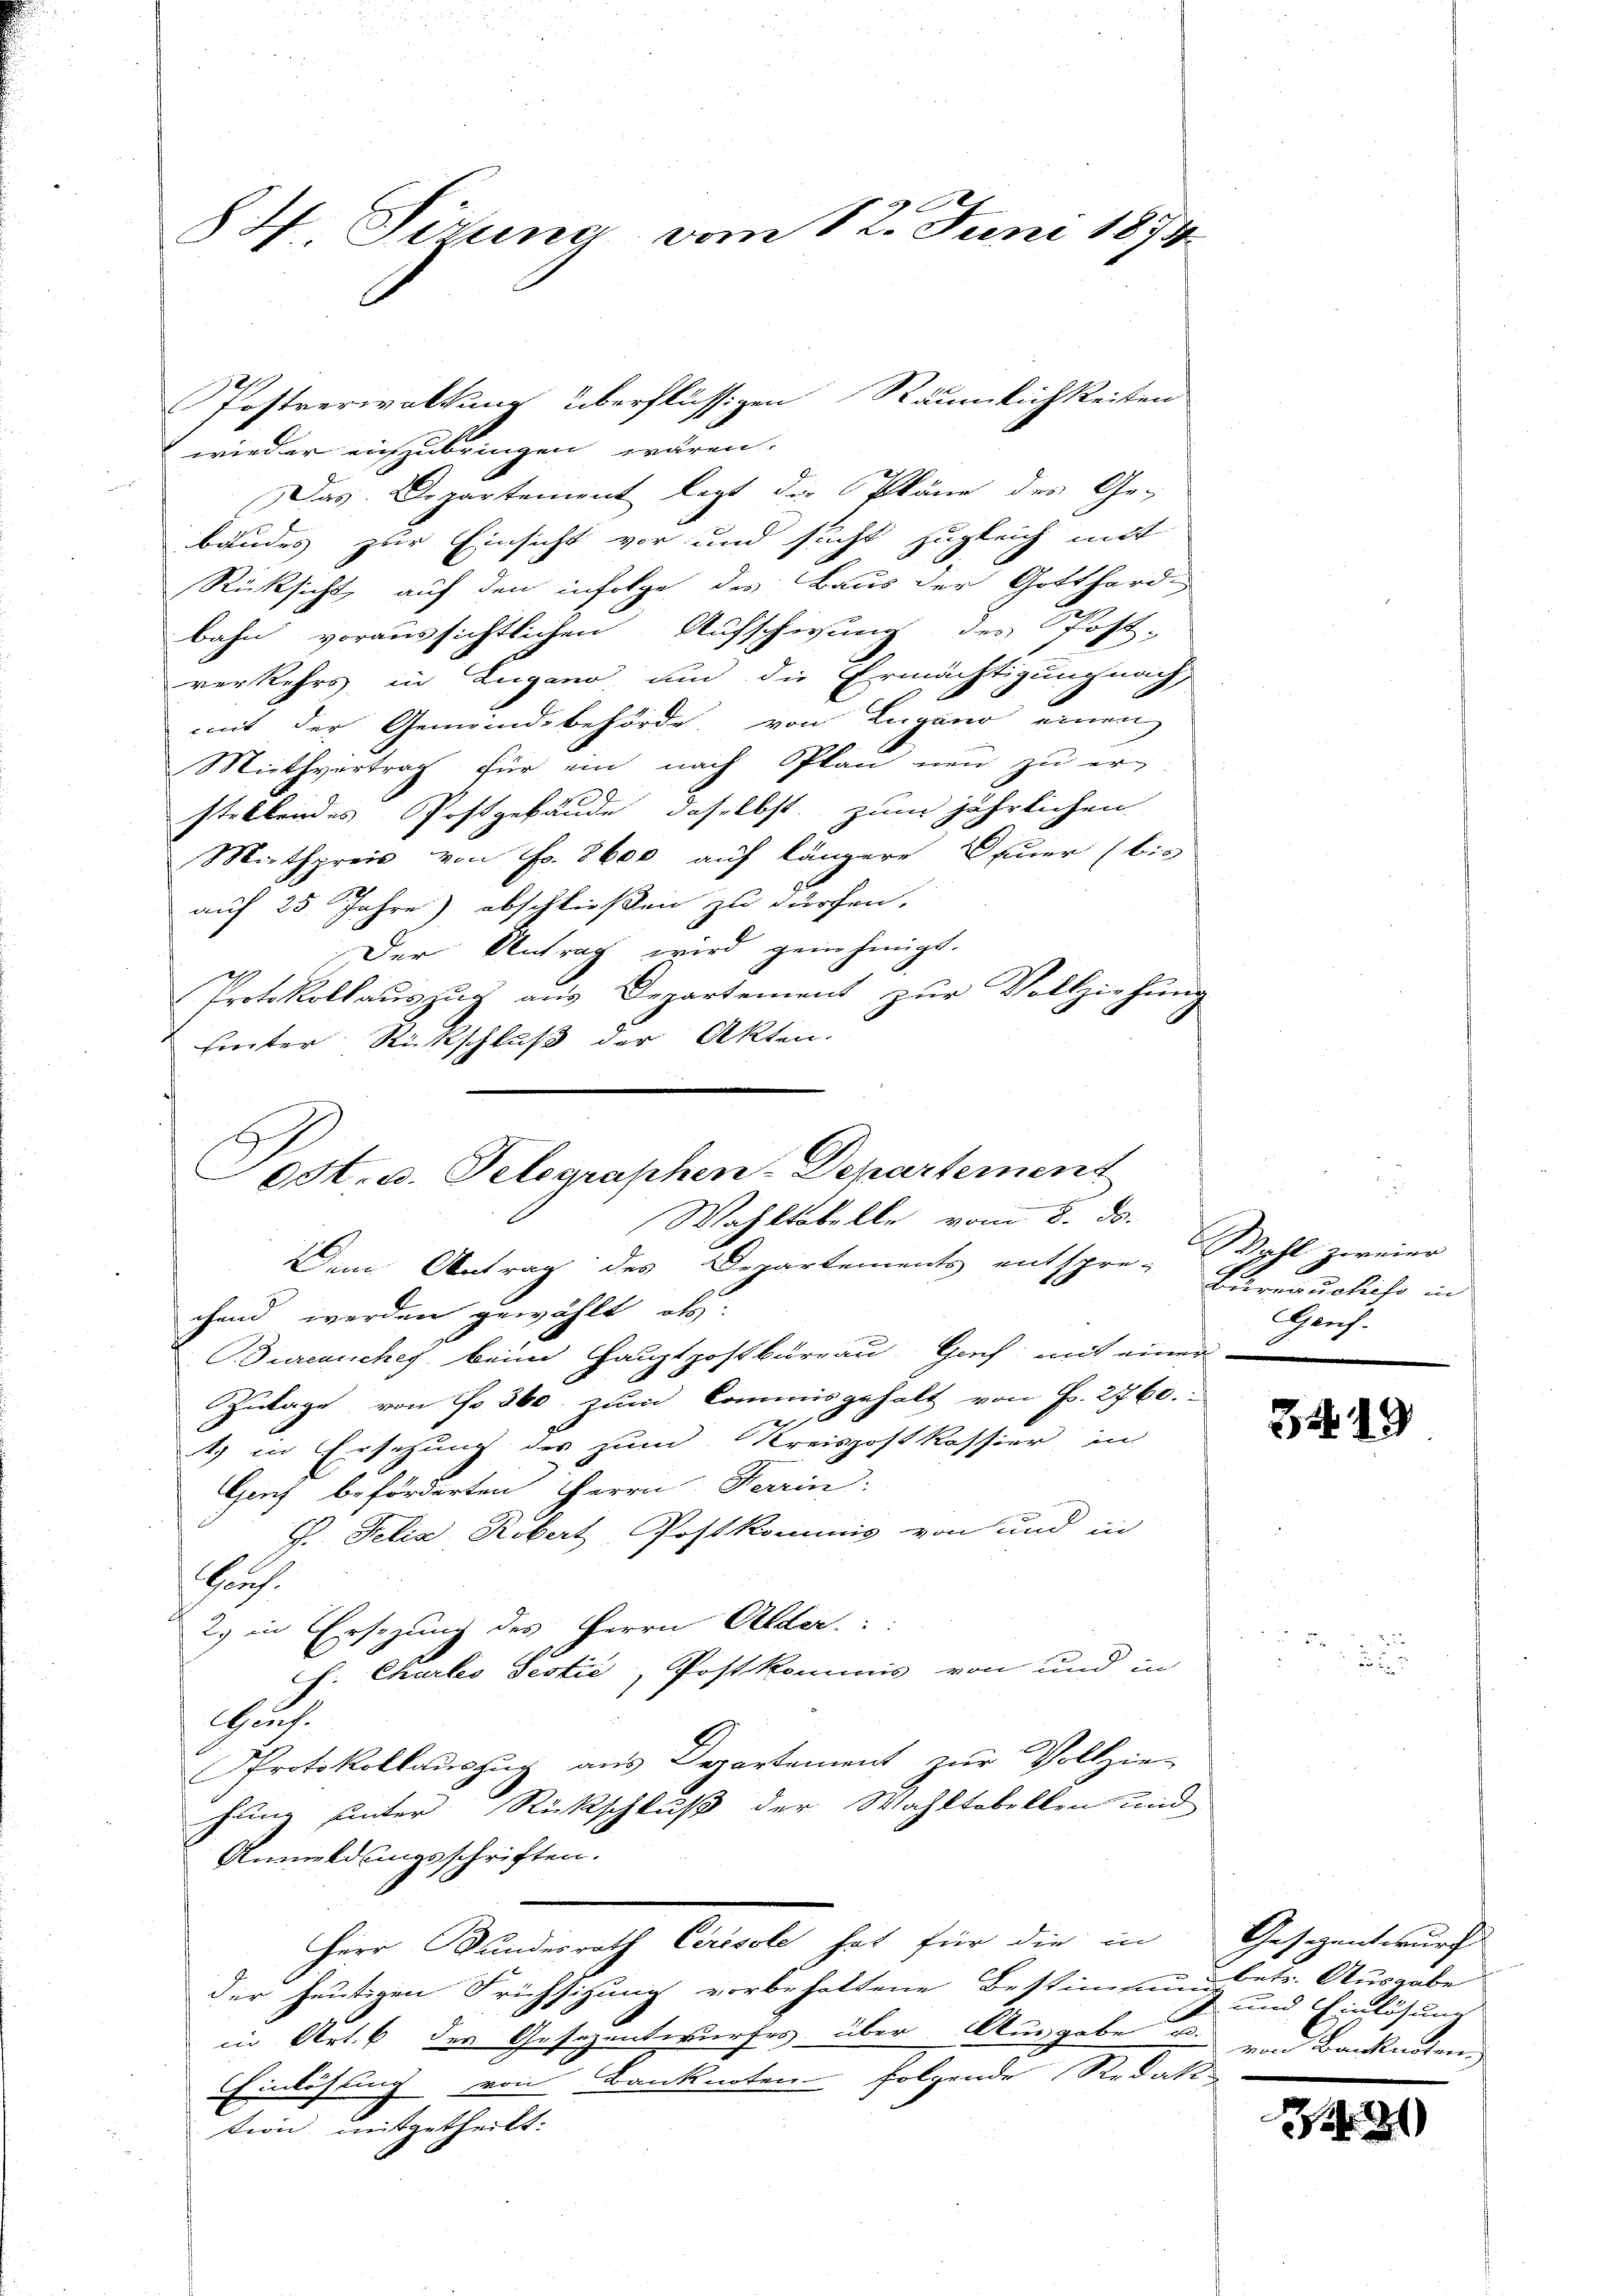
84 Sizung vom 12. Juni 1874.

Postverwaltung überflüssigen Räumlichkeiten
wieder eichzubringen wären.
Das Departement legt die Pläne des Ge-
bäudes zur Einsicht vor und sucht zugleich mit
Rücksicht, auf den infolge des Baus der Gotthard-
bahn voraussichtlichen Aufschwung des Post-
verkehrs in Lugano, und die Ermächtigung nach
mit der Gemeindebehörde, von Lugano einen
Miethvertrag für ein nach Plan neu zu erstellendes Postgebäude, daselbst zum jährlichen
Mathpreis von Fr. 8600 auf längere Feuer (bis
auf 25 Jahre) abschließen zu dürfen.
Der Antrag wird genehmigt.
1
Protokollauszug aus Departement zur Vollziehung
hinter Rückschluß der Akten.

Dem Antrag des Departements entspre- Vermusliefe in
chend werden gewählt als
Juranches beim Hauptpostbüreau Gach mit einer
Zulage von Fr. 360. zum Commisgehalt von Fr. 2760.
2
1.) in Ersehung des zum Kreispostkassier in
Ganz beförderten Herrn Ferrin
J. Felix Köbert Postkommis von und in
Guch.
2) in Ersezung des Herrn Alder::
h. Charlo Testić, Postkommis von und in
Gus.
Protokollauszug aus Departement zur Vollzie-
chung unter Rückschluß der Wahltabellen und
Anmeldungsschriften.
Herr Bundesrath Cerosole hat für die in Gesezentwurf
der heutigen Frühsizung vorbehaltene Bestimmung betr. Ausgabe
in Art. 6 des Gesezentwurfes über Ausgabe u. und Banknoten,
Einlösung von Banknoten folgende Redakt
tion mitgetheilt.

OSt. u. Telegraphen-Departement
Wahltabelle vom 8. ds.

Wohl zweier
Gauf.

3449

und Einlösung

221)